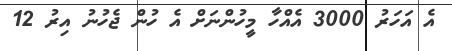
އެ އަހަރު 3000 އެއްހާ މީހުންނަށް އެ ހުން ޖެހުނު އިރު 12